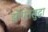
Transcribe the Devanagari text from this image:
झोपेतसुद्धा